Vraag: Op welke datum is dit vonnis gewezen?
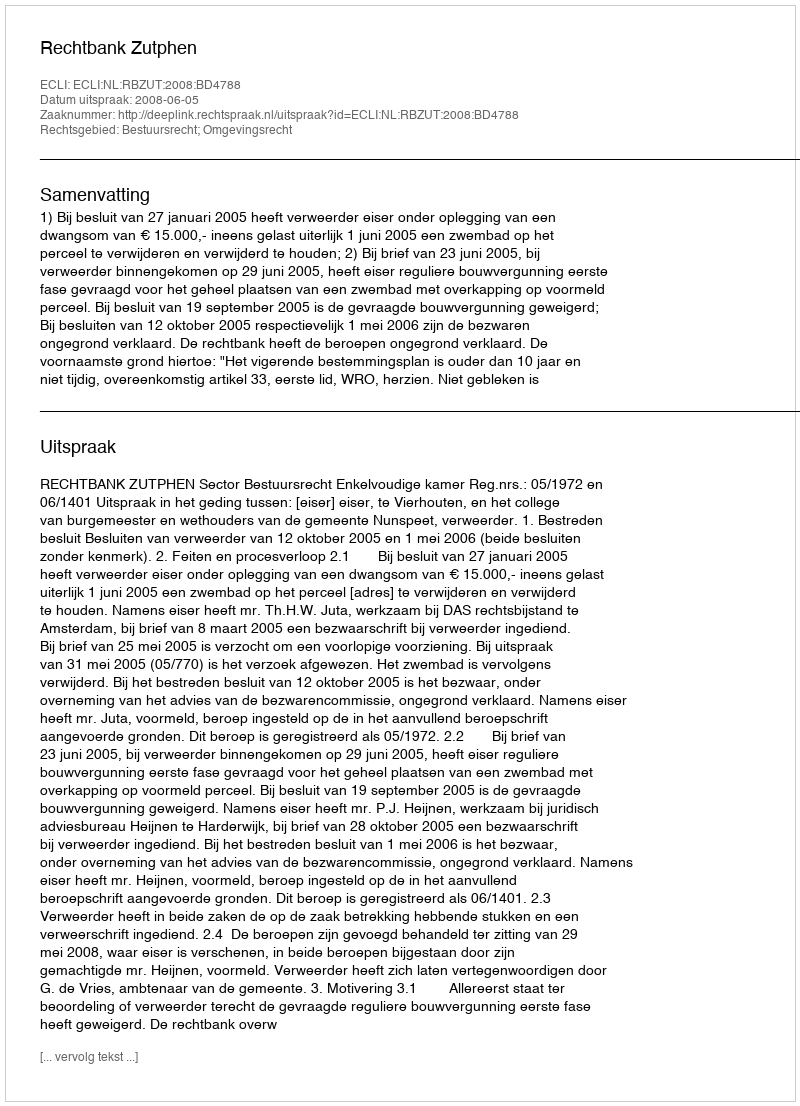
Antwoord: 2008-06-05